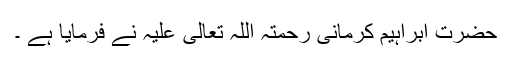
حضرت ابراہیم کرمانی رحمتہ اللہ تعالیٰ علیہ نے فرمایا ہے ۔